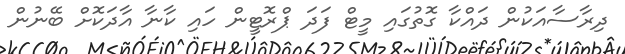
ދިރާސާއަކުން ދައްކާ ގޮތުގައި މީޓް ފަދަ ޕްރޮޓީން ހައި ކާނާ އާދަކޮށް ބޭނުން